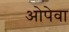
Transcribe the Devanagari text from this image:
ओपेवा